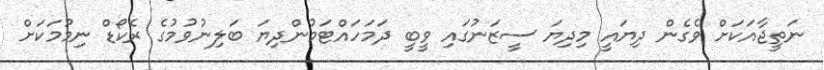
ނަތީޖާއަކަށް ވެގެން ދިޔައީ މިދިޔަ ސީޒަނުގައި ވީބީ ދަމަހައްޓަމުންދިޔަ ބަލިނުވުމުގެ ރެކޯޑް ނިމުމަކަށް